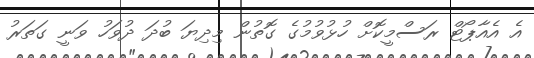
އެ އެއާޕޯޓް ރަސްމީކޮށް ހުޅުވުމުގެ ގޮތުން މިދިޔަ ބުދަ ދުވަހު ވަނީ ގަތަރު